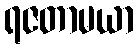
ရဇတာမယာ